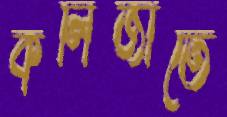
কলিজাতে